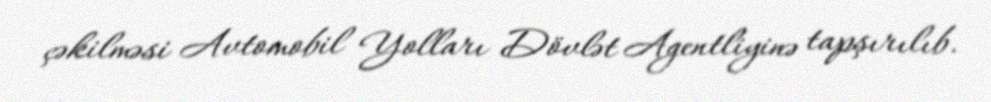
çəkilməsi Avtomobil Yolları Dövlət Agentliyinə tapşırılıb.